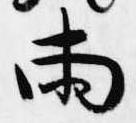
両